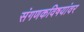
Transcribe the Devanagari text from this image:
संगणकविषयांवर